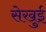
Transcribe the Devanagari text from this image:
सेखुई